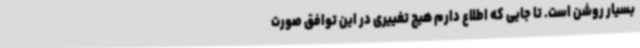
بسیار روشن است. تا جایی که اطلاع دارم هیچ تغییری در این توافق صورت